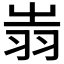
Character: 𦐉